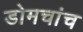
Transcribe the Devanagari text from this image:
डोमचांच